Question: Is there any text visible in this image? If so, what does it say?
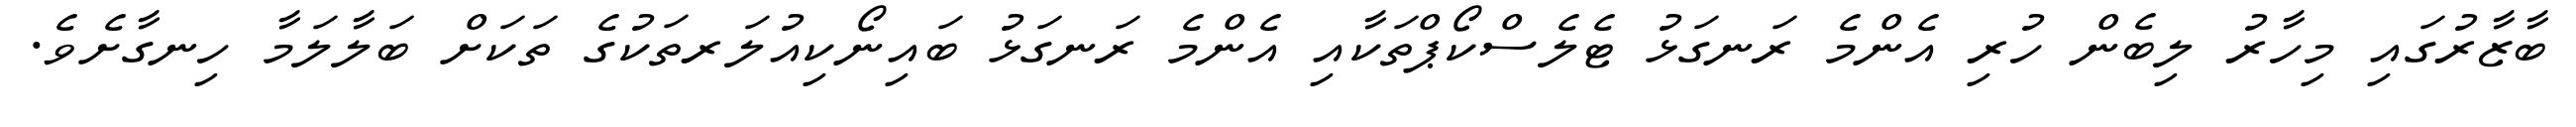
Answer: ބާޒާރުގައި މިހާރު ލިބެން ހުރި އެންމެ ރަނގަޅު ޓެލެސްކޯޕްތަކާއި އެންމެ ރަނގަޅު ބައިނޯކިއުލަރތަކުގެ ތަކަށް ބަލާލަމާ ހިނގާށެވެ.